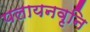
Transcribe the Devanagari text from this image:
पलायनवृनि